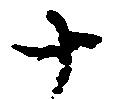
十